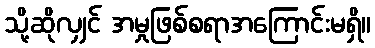
သို့ဆိုလျှင် အမှုဖြစ်စရာအကြောင်းမရှိ။